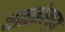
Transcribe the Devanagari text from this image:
थाळनेरच्या